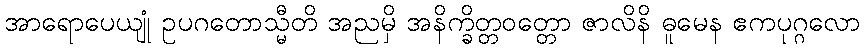
အာရောပေယျုံ ဥပဂတောသ္မီတိ အညမှိ အနိက္ခိတ္တဝတ္တော ဇာလိနိ ဓူမေန ဧကပုဂ္ဂလော